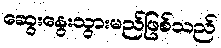
ဆွေးနွေးသွားမည်ဖြစ်သည်